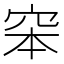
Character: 𥥑